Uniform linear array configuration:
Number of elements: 32
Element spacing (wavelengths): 0.25
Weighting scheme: binomial
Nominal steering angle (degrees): -15
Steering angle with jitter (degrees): -13.031
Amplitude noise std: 0.05
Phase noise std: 0.05

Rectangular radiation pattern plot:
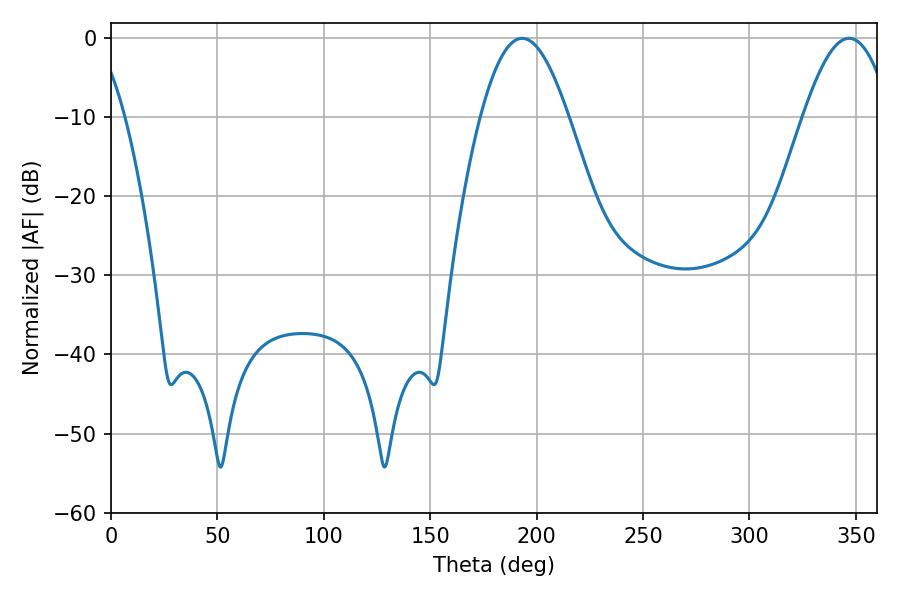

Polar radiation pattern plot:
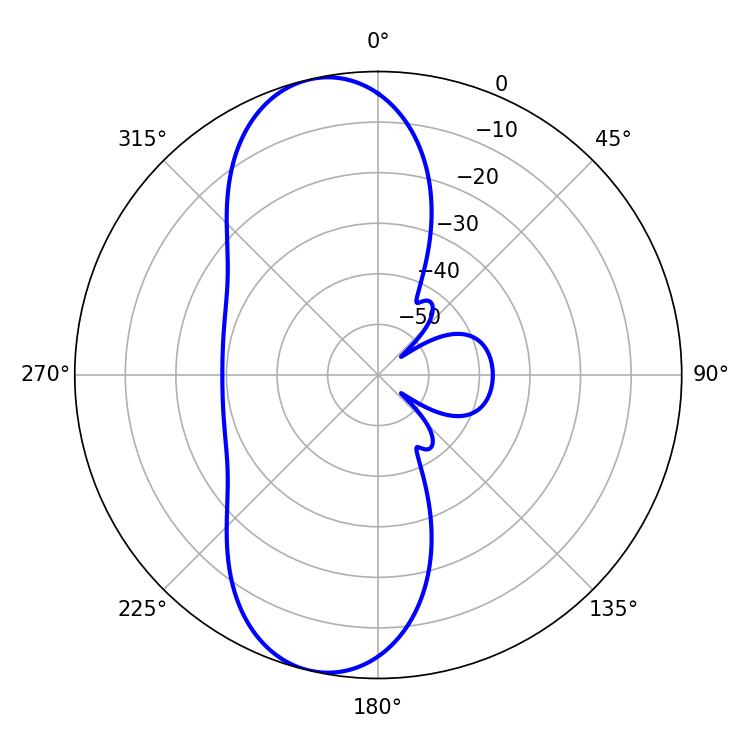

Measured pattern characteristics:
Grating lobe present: FALSE
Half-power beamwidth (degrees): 22.32
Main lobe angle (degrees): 193.14